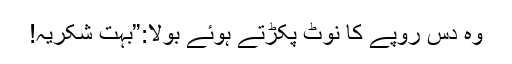
وہ دس روپے کا نوٹ پکڑتے ہوئے بولا:”بہت شکریہ!